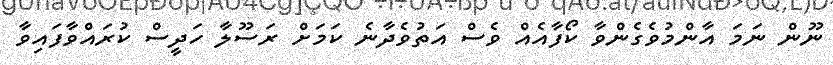
ނޫން ނަމަ އާންމުވެގެންވާ ކޯފާއެއް ވެސް އަތުވެދާނެ ކަމަށް ރަސޫލާ ހަދީސް ކުރައްވާފައިވާ